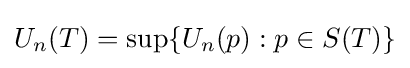
U_{n}(T)=\sup\{U_{n}(p):p\in S(T)\}